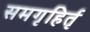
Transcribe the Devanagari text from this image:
समगृहिर्तृ